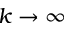
k \to \infty